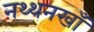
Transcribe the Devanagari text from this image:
नथ्थनखाँ